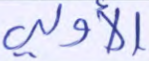
الأولى